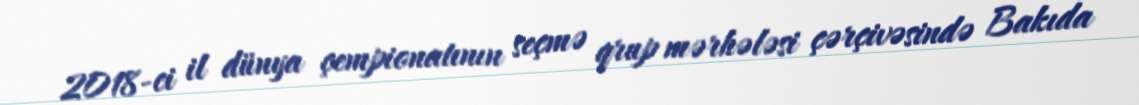
2018-ci il dünya çempionatının seçmə qrup mərhələsi çərçivəsində Bakıda